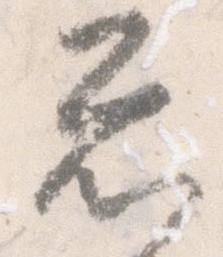
忩